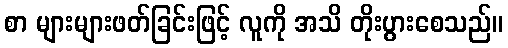
စာ များများဖတ်ခြင်းဖြင့် လူကို အသိ တိုးပွားစေသည်။